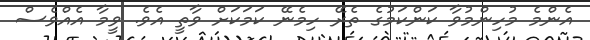
އެންމެ މުހިންމުވާ ކަންކަމުގެ ތެރޭ ހިމެނޭ ކަމަކަށް ވާތީ އެވެ. ވީމާ އެއްވެސް